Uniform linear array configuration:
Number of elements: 64
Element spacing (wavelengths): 0.5
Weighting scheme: hamming
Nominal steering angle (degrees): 15
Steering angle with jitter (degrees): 15.217
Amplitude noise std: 0.05
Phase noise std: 0.05

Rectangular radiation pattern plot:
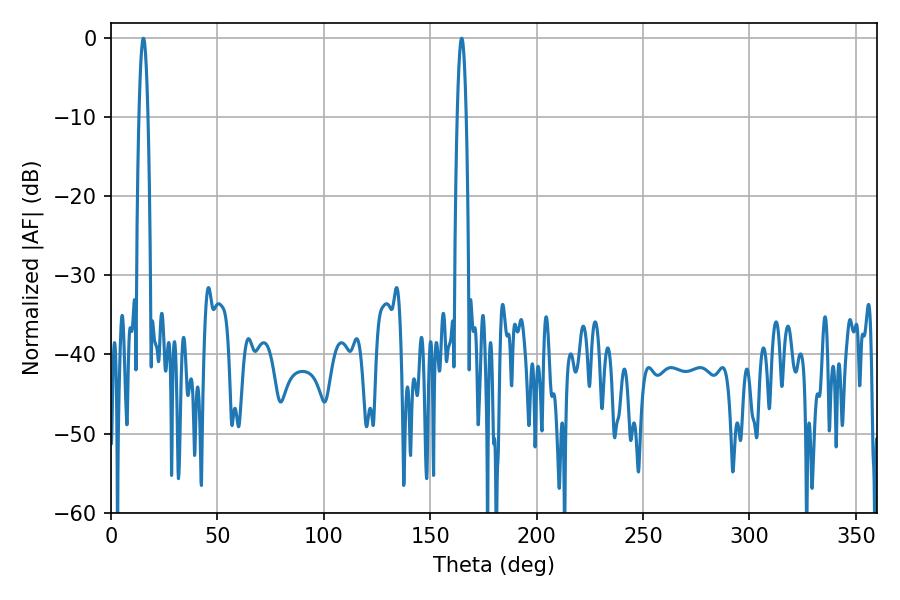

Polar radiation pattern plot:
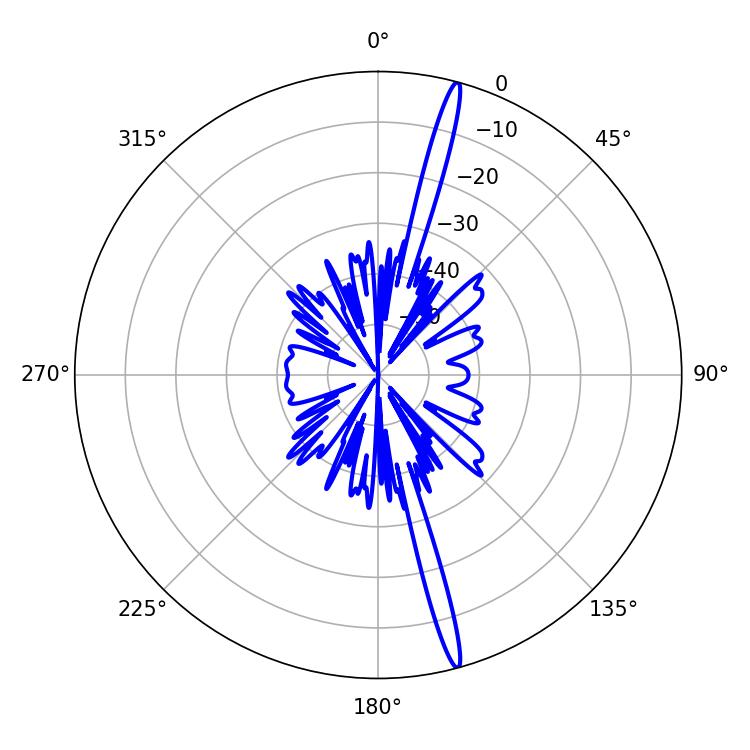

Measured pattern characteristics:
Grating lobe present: FALSE
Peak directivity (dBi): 19.303
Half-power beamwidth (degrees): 2.34
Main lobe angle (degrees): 164.7